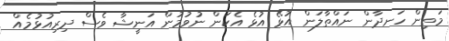
މަތިން ހަނދާން ނައްތާލަން އުޅޭ އުޅެ އެކަން ނުވުމުން އަނީޝާ ވެސް ދިރިއުޅުމެއް